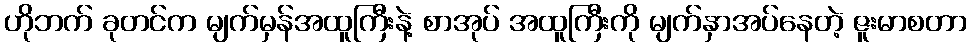
ဟိုဘက် ခုတင်က မျက်မှန်အထူကြီးနဲ့ စာအုပ် အထူကြီးကို မျက်နှာအပ်နေတဲ့ ဇူးမာစတာ